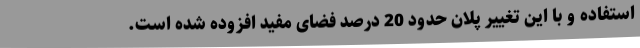
استفاده و با این تغییر پلان حدود 20 درصد فضای مفید افزوده شده است.